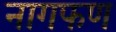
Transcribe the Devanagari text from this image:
नागफण